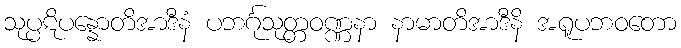
သုပ္ပဋိပန္နောတိအာဒီနံ ပဘင်္ဂုသုတ္တဝဏ္ဏနာ နာမာတိအာဒီနိ အရူပဘဝတော